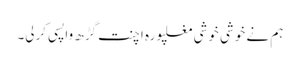
ہم نے خوشی خوشی مغلپورہ اچنت گڑھ واپسی کرلی۔